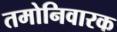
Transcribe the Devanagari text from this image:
तमोनिवारक